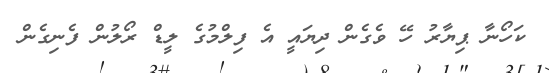
ކަހޯނާ ޕިޔާރު ހޭ ވެގެން ދިޔައީ އެ ފިލްމުގެ ލީޑް ރޯލުން ފެނިގެން